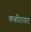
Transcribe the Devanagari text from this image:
कबीरावर